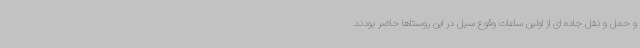
و حمل و نقل جاده ای از اولین ساعات وقوع سیل در این روستاها حاضر بودند